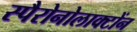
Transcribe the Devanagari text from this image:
स्पैरोनोलाक्टोंन